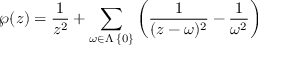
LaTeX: \wp ( z ) = { \frac { 1 } { z ^ { 2 } } } + \sum _ { \omega \in \Lambda \setminus \left\{ 0 \right\} } \left( { \frac { 1 } { ( z - \omega ) ^ { 2 } } } - { \frac { 1 } { \omega ^ { 2 } } } \right)